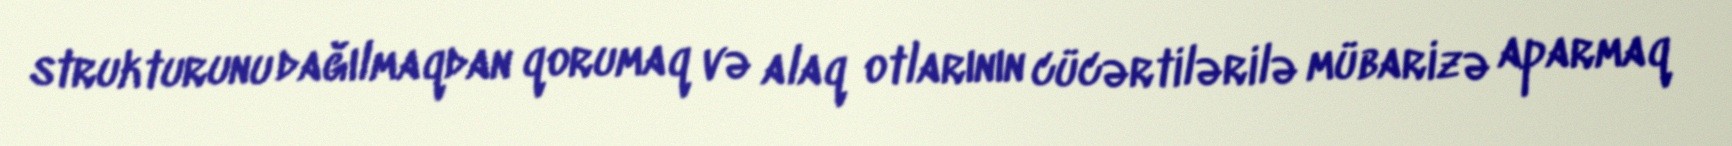
strukturunu dağılmaqdan qorumaq və alaq otlarının cücərtilərilə mübarizə aparmaq